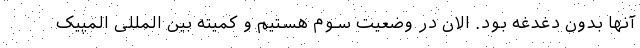
آنها بدون دغدغه بود. الان در وضعیت سوم هستیم و کمیته بین المللی المپیک